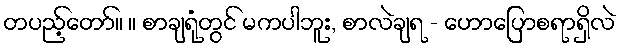
တပည့်တော်။ ။ စာချရုံတွင် မကပါဘူး, စာလဲချရ - ဟောပြောစရာရှိလဲ